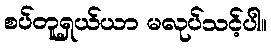
စပ်တူရှယ်ယာ မလုပ်သင့်ပါ။